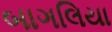
બાગલિયા